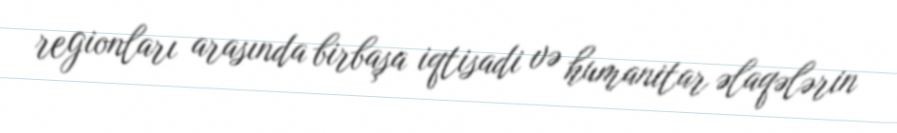
regionları arasında birbaşa iqtisadi və humanitar əlaqələrin